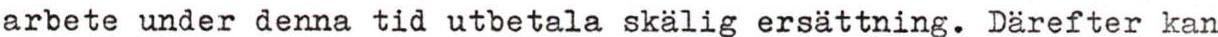
arbete under denna tid utbetala skälig ersättning. Därefter kan